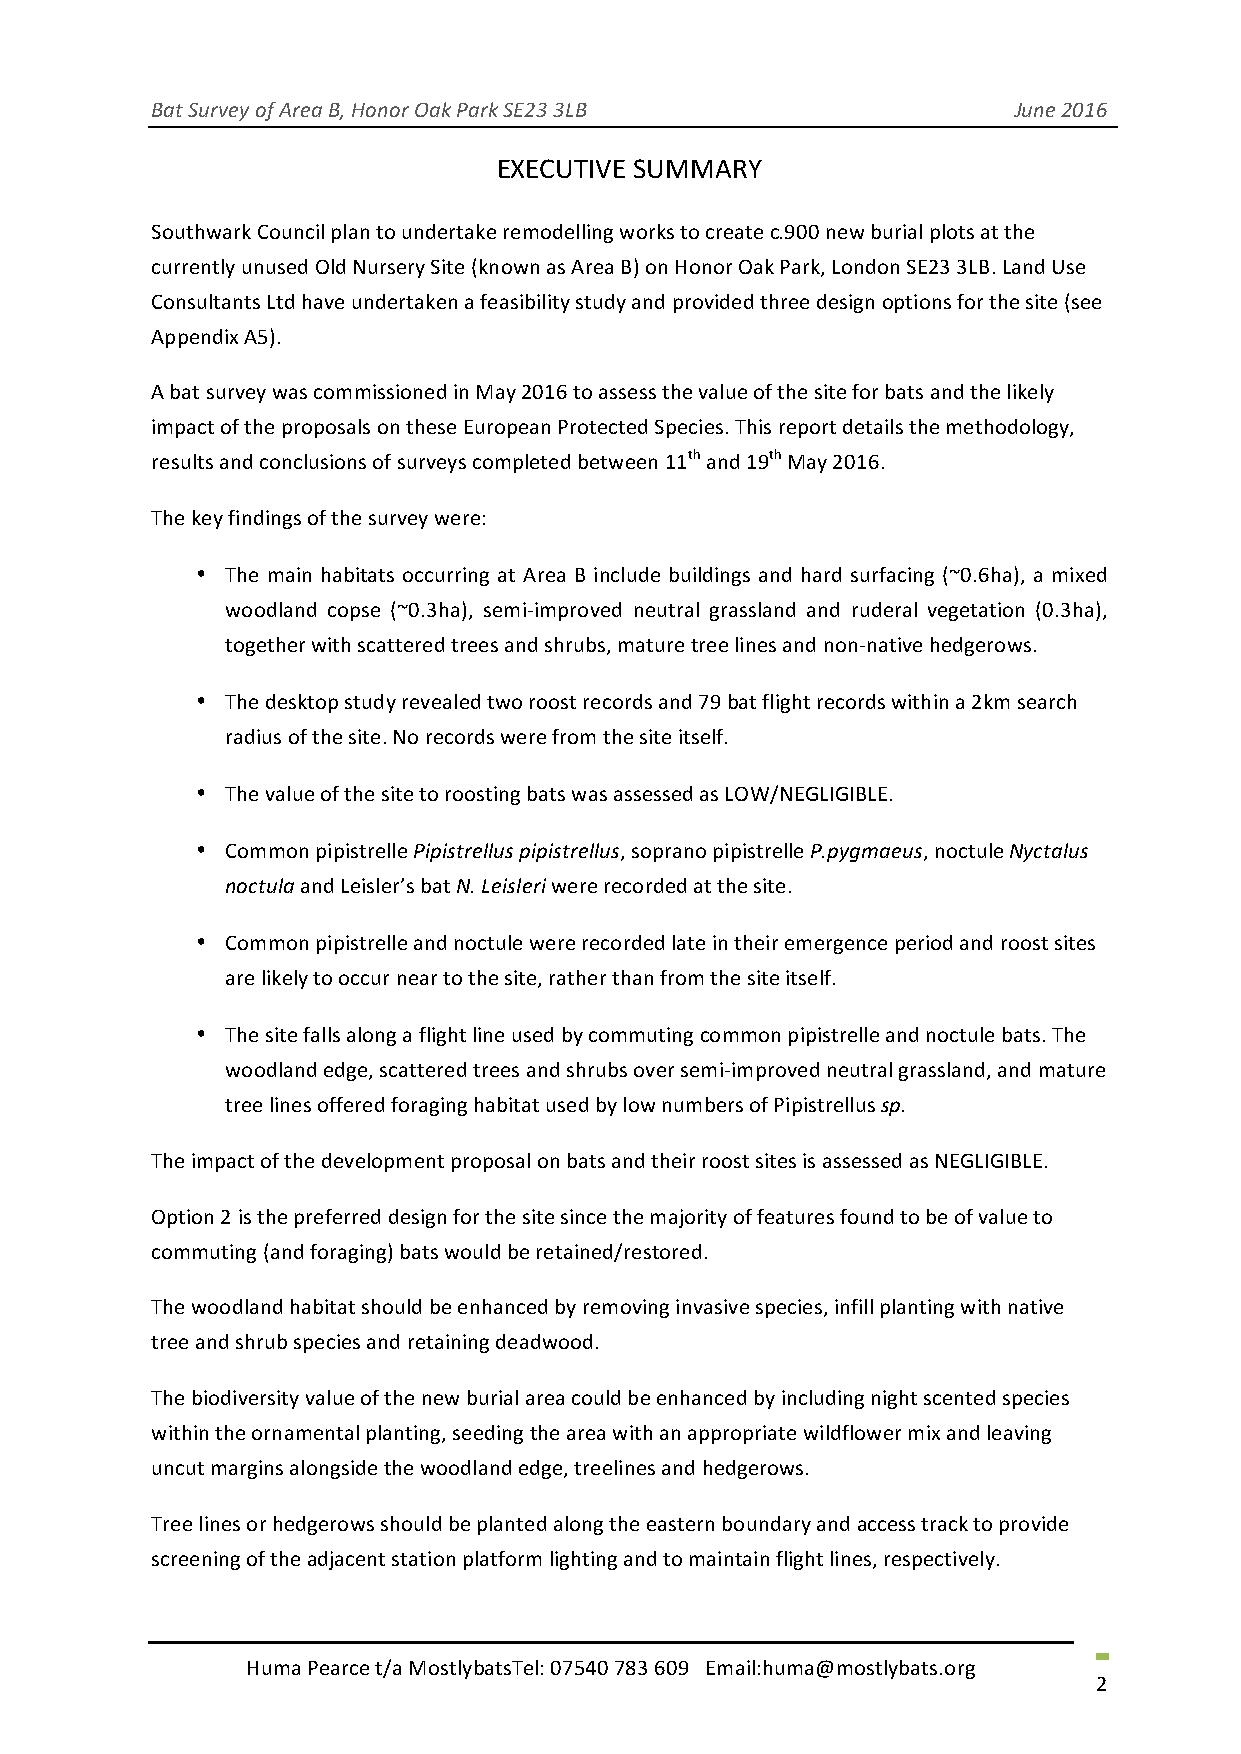
Bat Survey of Area B, Honor Oak Park SE23 3LB            June 2016
 EXECUTIVE SUMMARY
 Southwark Council plan to undertake remodelling works to create c.900 new burial plots at the
 currently unused Old Nursery Site (known as Area B) on Honor Oak Park, London SE23 3LB. Land Use
 Consultants Ltd have undertaken a feasibility study and provided three design options for the site (see
 Appendix A5).
 A bat survey was commissioned in May 2016 to assess the value of the site for bats and the likely
 impact of the proposals on these European Protected Species. This report details the methodology,
 results and conclusions of surveys completed between 11th and 19th May 2016.
 The key findings of the survey were:
 • The main habitats occurring at Area B include buildings and hard surfacing (~0.6ha), a mixed
 woodland copse (~0.3ha), semi-improved neutral grassland and ruderal vegetation (0.3ha),
 together with scattered trees and shrubs, mature tree lines and non-native hedgerows.
 • The desktop study revealed two roost records and 79 bat flight records within a 2km search
 radius of the site. No records were from the site itself.
 • The value of the site to roosting bats was assessed as LOW/NEGLIGIBLE.
 • Common pipistrelle Pipistrellus pipistrellus, soprano pipistrelle P.pygmaeus, noctule Nyctalus
 noctula and Leisler’s bat N. Leisleri were recorded at the site.
 • Common pipistrelle and noctule were recorded late in their emergence period and roost sites
 are likely to occur near to the site, rather than from the site itself.
 • The site falls along a flight line used by commuting common pipistrelle and noctule bats. The
 woodland edge, scattered trees and shrubs over semi-improved neutral grassland, and mature
 tree lines offered foraging habitat used by low numbers of Pipistrellus sp.
 The impact of the development proposal on bats and their roost sites is assessed as NEGLIGIBLE.
 Option 2 is the preferred design for the site since the majority of features found to be of value to
 commuting (and foraging) bats would be retained/restored.
 The woodland habitat should be enhanced by removing invasive species, infill planting with native
 tree and shrub species and retaining deadwood.
 The biodiversity value of the new burial area could be enhanced by including night scented species
 within the ornamental planting, seeding the area with an appropriate wildflower mix and leaving
 uncut margins alongside the woodland edge, treelines and hedgerows.
 Tree lines or hedgerows should be planted along the eastern boundary and access track to provide
 screening of the adjacent station platform lighting and to maintain flight lines, respectively.
 Huma Pearce t/a MostlybatsTel: 07540 783 609 Email:huma@mostlybats.org
 2